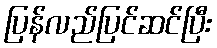
ပြန်လည်ပြင်ဆင်ပြီး